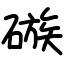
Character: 䃚